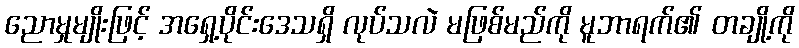
ညောမှုမျိုးဖြင့် အရှေ့ပိုင်းဒေသရှိ လုပ်သလဲ မဖြစ်မည်ကို မူဘာရက်၏ တချို့ကို